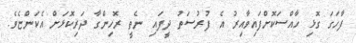
ފާހަގަ ގޮޅި ހާއްސަކޮށްފައިވާއިރު އެ ފުރުސަތު ދީފައި ނެތީ ރޮހިންގާ ދަރިކޮޅަށް އެކަންޏެވެ.